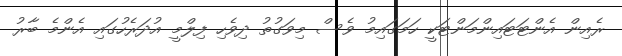
ރެއިން އެންޓަޓައިންމަންޓަކީ ހަމަގައިމު ވެސް މިވަގުތު ދިވެހި ފިލްމީ އުދަރެހުގައި އެންމެ ބާރު